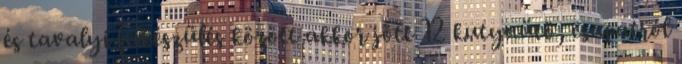
és tavalyi felkészülés között akkor jött 12 kutyaütö, csapatról